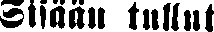
Sisään tullut